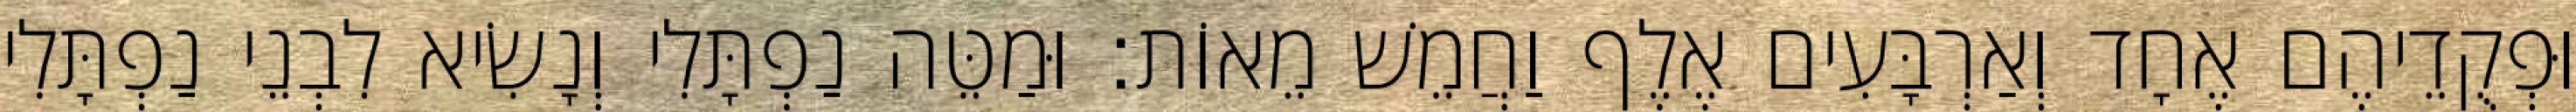
וּפְקֻדֵיהֶם אֶחָד וְאַרְבָּעִים אֶלֶף וַחֲמֵשׁ מֵאוֹת׃ וּמַטֵּה נַפְתָּלִי וְנָשִׂיא לִבְנֵי נַפְתָּלִי